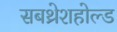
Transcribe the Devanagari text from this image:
सबथ्रेशहोल्ड